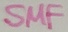
Text: SMF